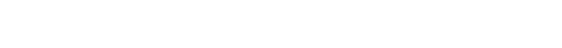
ပြီးခဲ့တဲ့ မတ်လ ၂၂ ရက်နေ့က ရှမ်းပြည်နယ်မြောက်ပိုင်း လားရှိုးမြို့ ရပ်ကွက် ၄ ရဲတပ်ဖွဲ့ရိပ်သာရုံး